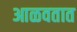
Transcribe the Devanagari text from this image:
आळवतात